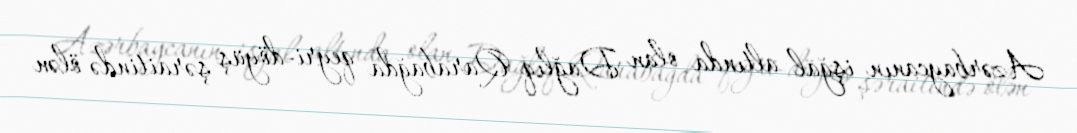
Azərbaycanın işğal altında olan Dağlıq Qarabağda qeyri-döyüş şəraitində ölən